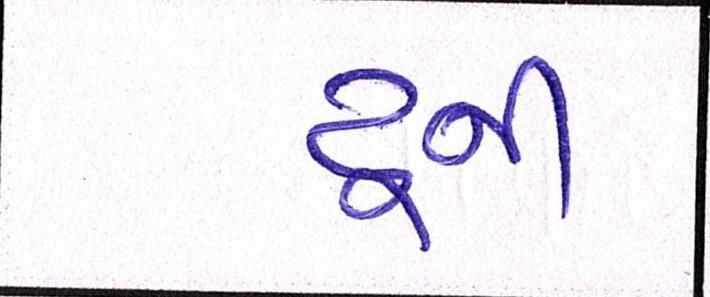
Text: ટુની